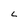
Character: L